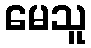
မေသူ